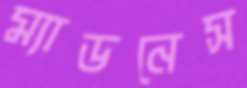
ম্যাডনেস